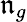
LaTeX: \mathfrak{n}_{g}